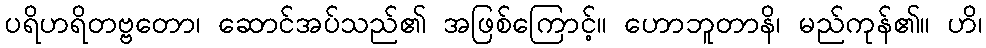
ပရိဟရိတဗ္ဗတော၊ ဆောင်အပ်သည်၏ အဖြစ်ကြောင့်။ ဟောဘူတာနိ၊ မည်ကုန်၏။ ဟိ၊